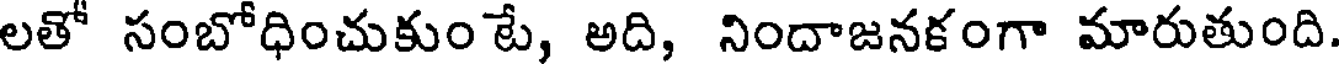
లతో సంబోధించుకుం టే, అది, నిందాజనకంగా మారుతుంది